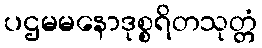
ပဌမမနောဒုစ္စရိတသုတ္တံ